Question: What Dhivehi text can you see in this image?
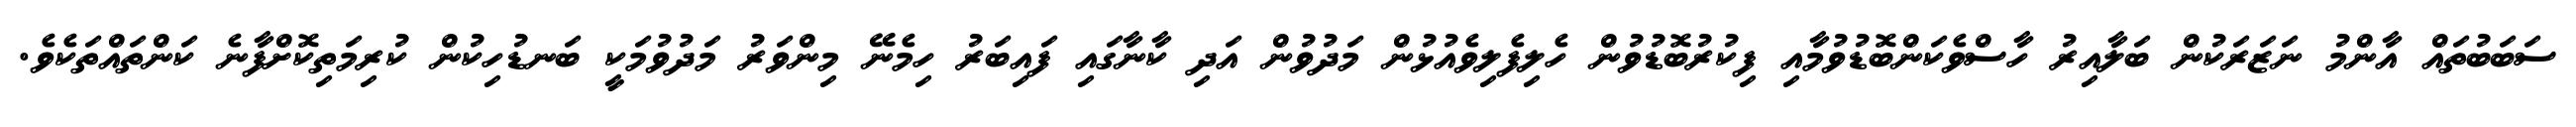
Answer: ސަބަބުތައް އާންމު ނަޒަރަކުން ބަލާއިރު ހާސްވެކަންބޮޑުވުމާއި ފިކުރުބޮޑުވުން ހެލިފެލިވެއުޅުން މަދުވުން އަދި ކާނާގައި ފައިބަރު ހިމެނޭ މިންވަރު މަދުވުމަކީ ބަނޑުހިކުން ކުރިމަތިކޮށްފާނެ ކަންތައްތަކެވެ.